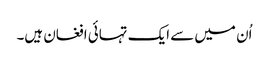
اُن میں سے ایک تہائی افغان ہیں۔